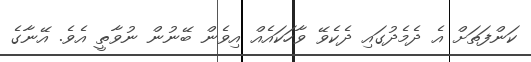
ކަންފަތަށް އެ ދެމެދުގައި ދެކެވޭ ވާހަކައެއް އިވެން ބޭނުން ނުވާތީ އެވެ. އޭނާގެ